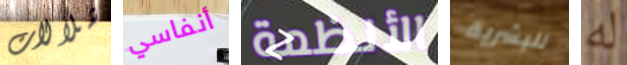
شلالات أنفاسي الأنظمة للبشرية له